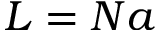
L = N a